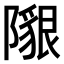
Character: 𨼯